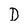
Character: D